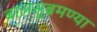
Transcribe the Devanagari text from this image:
बालसुब्रमण्या